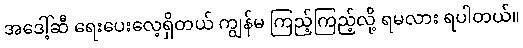
အဒေါ့်ဆီ ရေးပေးလေ့ရှိတယ် ကျွန်မ ကြည့်ကြည့်လို့ ရမလား ရပါတယ်။